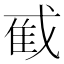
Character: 𫻼